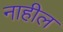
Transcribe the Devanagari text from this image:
नाहील